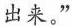
出来。”